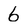
Character: 6